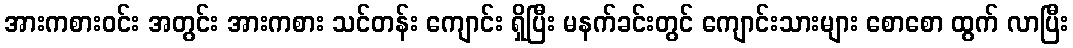
အားကစားဝင်း အတွင်း အားကစား သင်တန်း ကျောင်း ရှိပြီး မနက်ခင်းတွင် ကျောင်းသားများ စောစော ထွက် လာပြီး